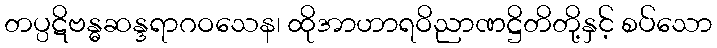
တပ္ပဋိဗန္ဓဆန္ဒရာဂဝသေန၊ ထိုအာဟာရဝိညာဏဋ္ဌိတိတို့နှင့် စပ်သော